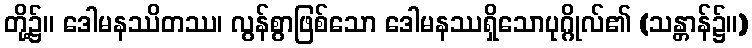
တို့၌။ ဒေါမနဿိတဿ၊ လွန်စွာဖြစ်သော ဒေါမနဿရှိသောပုဂ္ဂိုလ်၏ (သန္တာန်၌။)